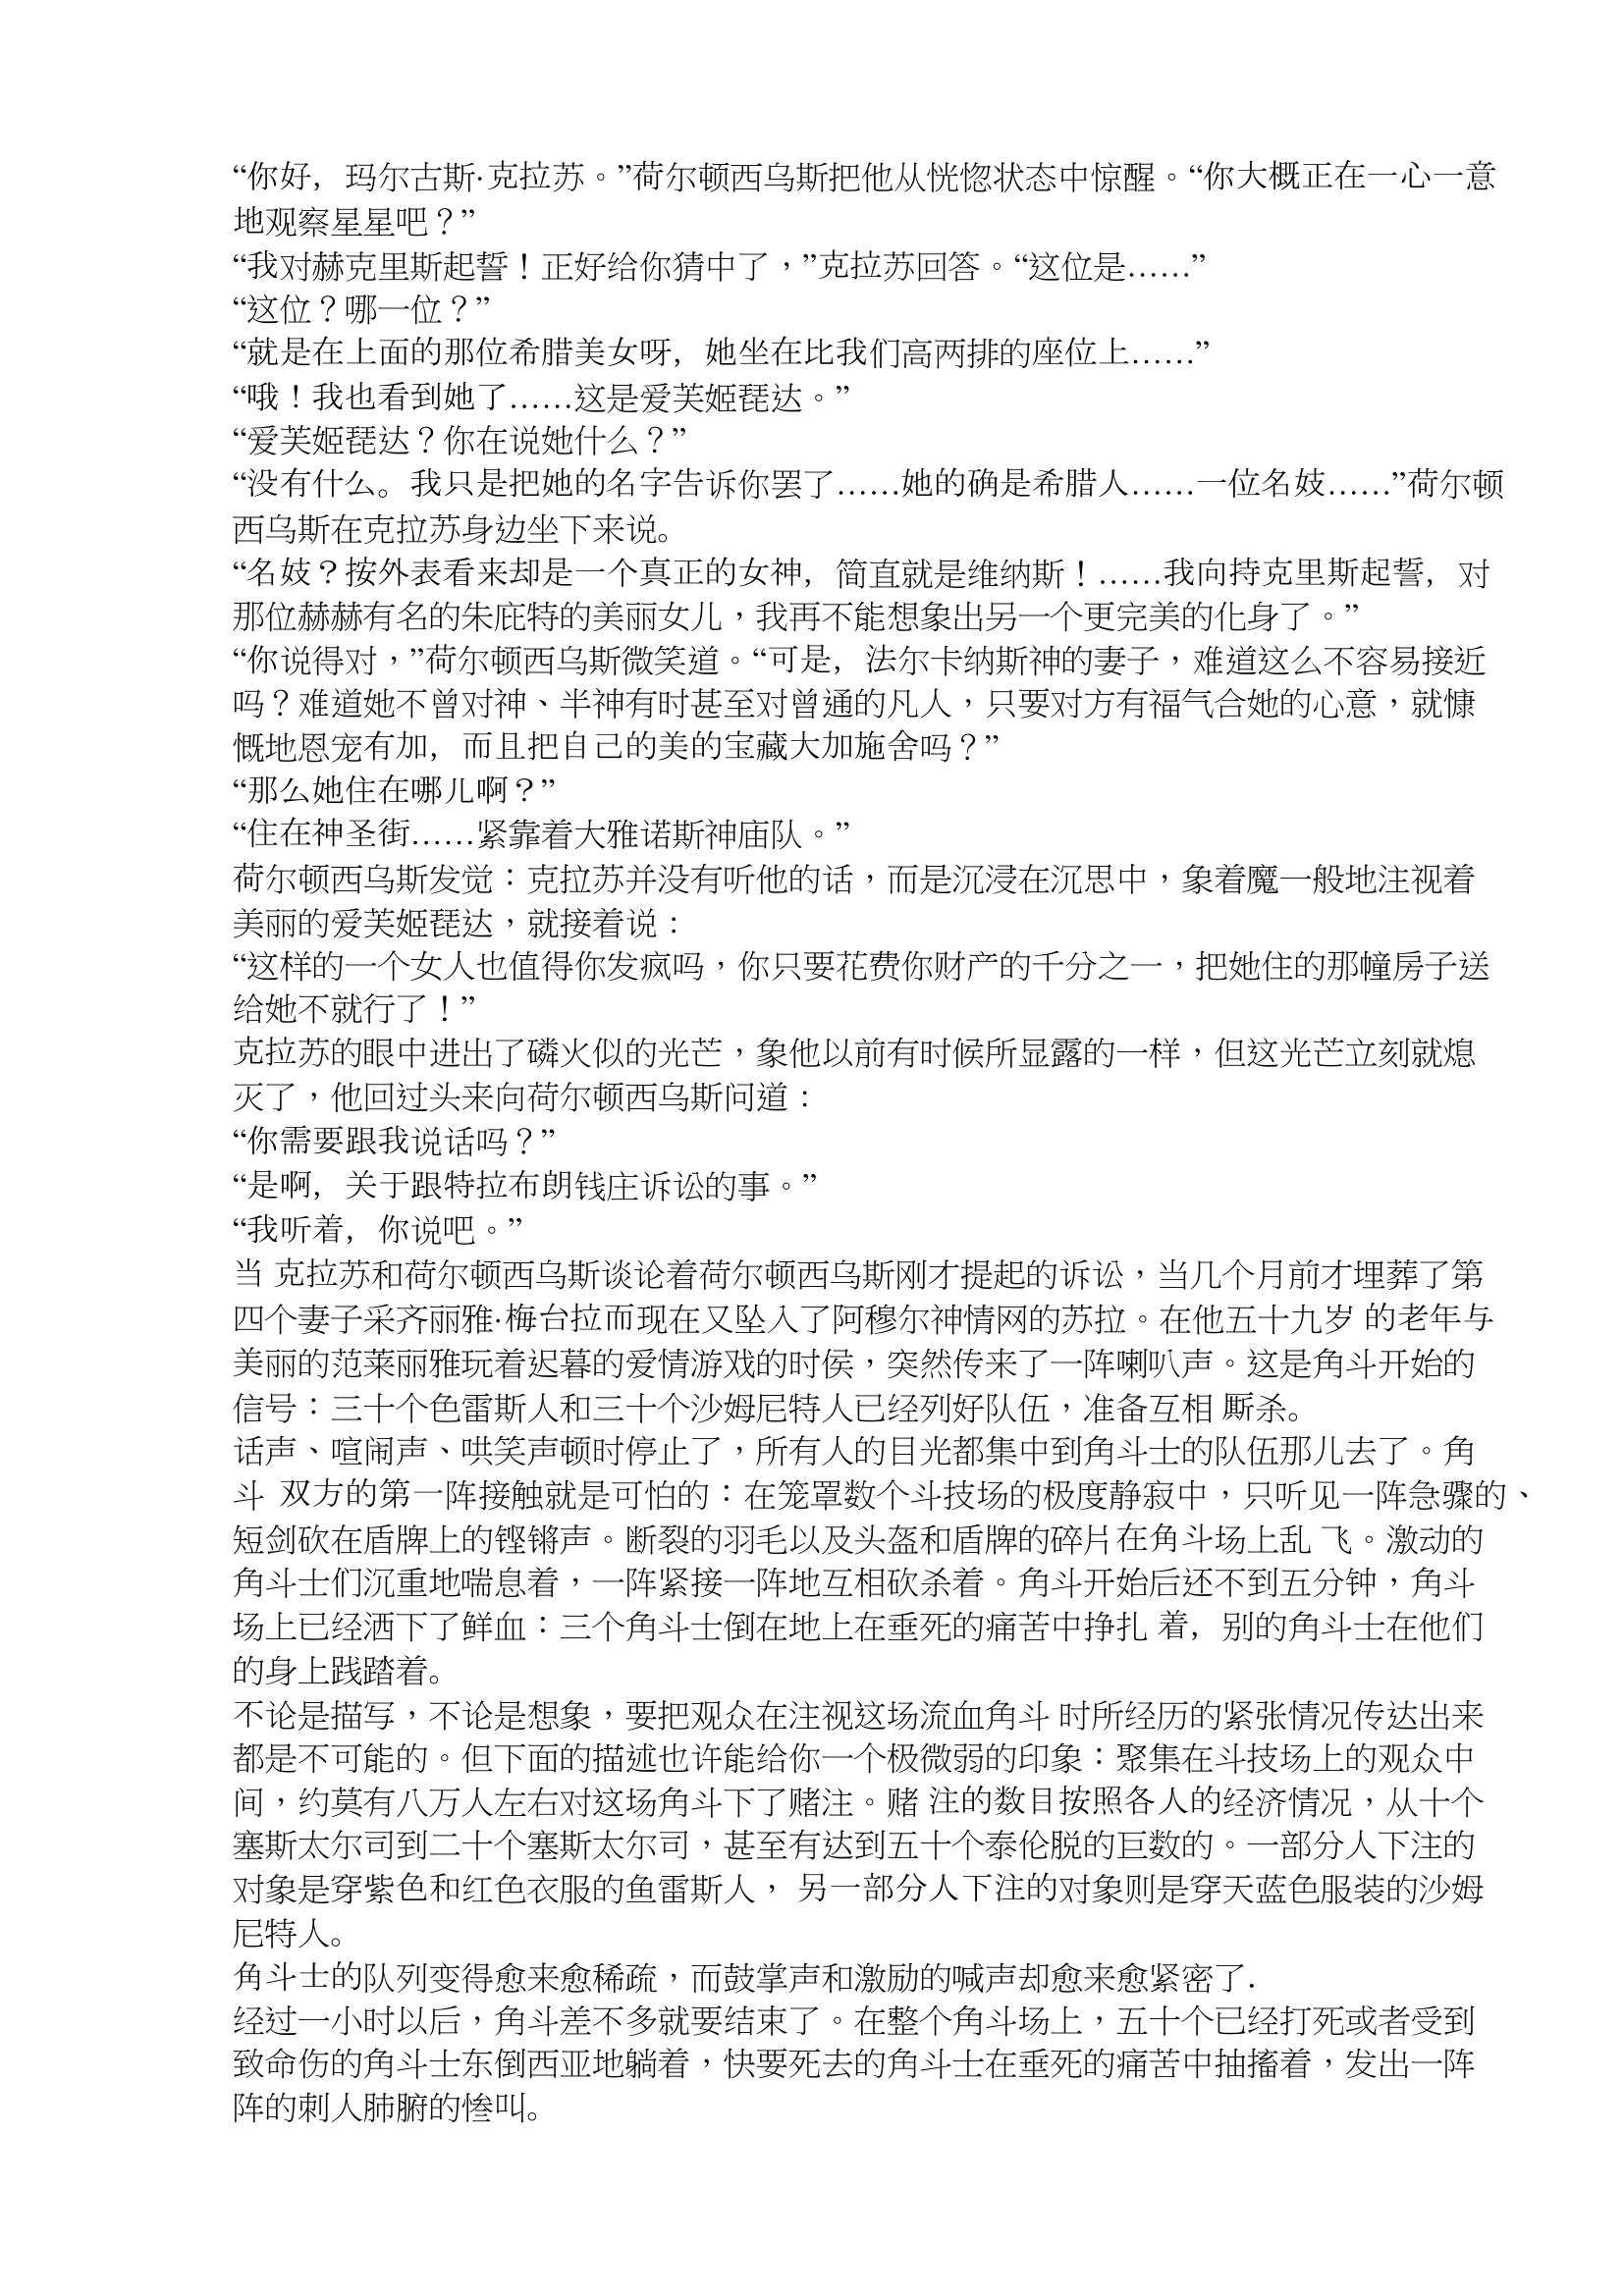
Language: zh